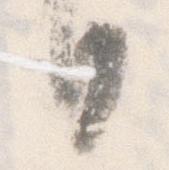
日